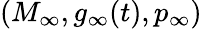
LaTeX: (M_{\infty},g_{\infty}(t),p_{\infty})